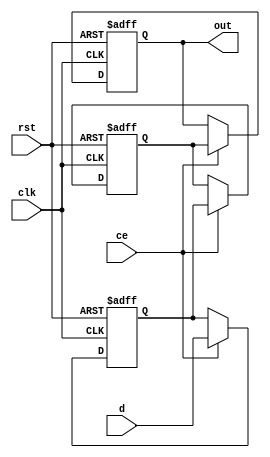
`timescale 1ns / 1ps

module variable_shift_reg #(parameter WIDTH = 8, parameter SIZE = 3) (
input clk,                                  //clock
input ce,                                   //clock enable                        
input rst,                                  //reset
input [WIDTH-1:0] d,                  //data in
output [WIDTH-1:0] out                 //data out
);
    
reg [WIDTH-1:0] sr [SIZE-1:0];            //the register that holds the data

generate
genvar i;
for(i = 0;i < SIZE;i = i + 1)
begin
    always@(posedge clk or posedge rst)
    begin
        if(rst)                          
        begin
            sr[i] <= 'd0;
        end
        else
        begin
            if(ce)                            //the shift register operates only when the clock-enable is active
            begin
                if(i == 'd0)
                begin
                    sr[i] <= d;
                end
                else
                begin
                    sr[i] <= sr[i-1];
                end
            end
        end
    end
end
endgenerate
assign out = sr[SIZE-1];
endmodule